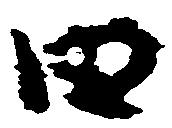
田